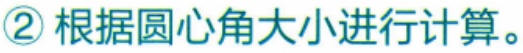
\textcircled{2} 根据圆心角大小进行计算。